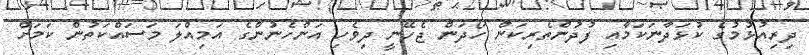
ދިރިއުޅުމުގެ ކުޅަދާނަކަމާއި ފުދުންތެރިކަން ހޯދަން ޖެހޭނީ ދިވެހި އަންހެނުންގެ އަމިއްލަ މަސައްކަތުން ކަމަށް